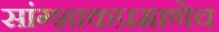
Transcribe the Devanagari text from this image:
सांग्शाकप्रमाणेच